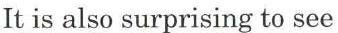
It is also surprising to see